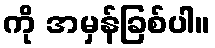
ကို အမှန်ခြစ်ပါ။